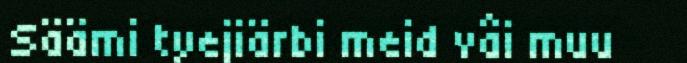
Säämi tyejiärbi meid vâi muu